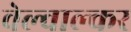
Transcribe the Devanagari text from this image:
वेल्वाल्कर